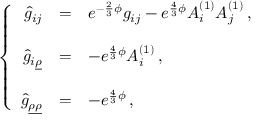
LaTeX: \left\{ \begin{array} { r c l } { { \hat { g } _ { i j } } } & { { = } } & { { e ^ { - \frac { 2 } { 3 } \phi } g _ { i j } - e ^ { \frac { 4 } { 3 } \phi } A _ { i } ^ { ( 1 ) } A _ { j } ^ { ( 1 ) } \, , } } \\ { { } } & { { } } & { { } } \\ { { \hat { g } _ { i \underline { { { \rho } } } } } } & { { = } } & { { - e ^ { \frac { 4 } { 3 } \phi } A _ { i } ^ { ( 1 ) } \, , } } \\ { { } } & { { } } & { { } } \\ { { \hat { g } _ { \underline { { { \rho } } } \underline { { { \rho } } } } } } & { { = } } & { { - e ^ { \frac { 4 } { 3 } \phi } \, , } } \end{array} \right.